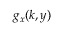
g _ { x } ( k , y )